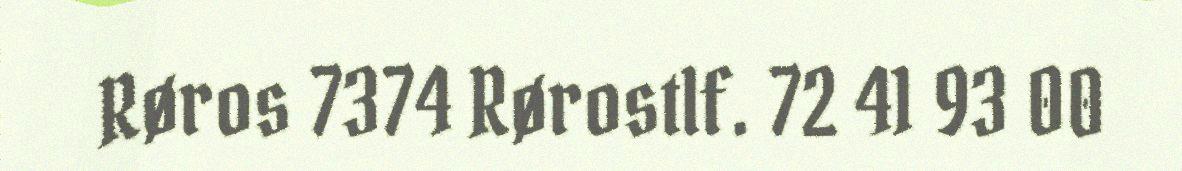
Røros 7374 Rørostlf. 72 41 93 00